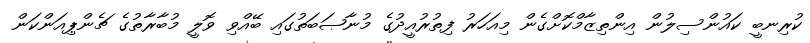
ކުރިނބީ ކައުންސިލުން އިންތިޒާމްކޮށްގެން މިއަހަރު ފިތުރުއީދުގެ މުނާޞަބަތުގައި ބޭއްވި ވޮލީ މުބާރާތުގެ ޗެންޕިއަންކަން